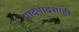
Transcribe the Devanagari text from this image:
पादपादशाही